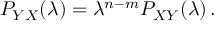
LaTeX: { \cal P } _ { Y X } ( \lambda ) = \lambda ^ { n - m } { \cal P } _ { X Y } ( \lambda ) \, .